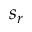
s _ { r }